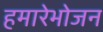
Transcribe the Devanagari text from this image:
हमारेभोजन